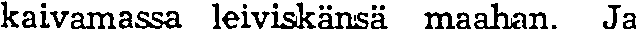
kaivamassa leiviskänsä maahan. Ja